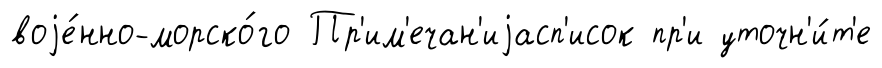
воjе́нно-морско́го Пр'им'ечан'иjасп'исок пр'и уточн'и́т'е